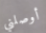
أوصلني